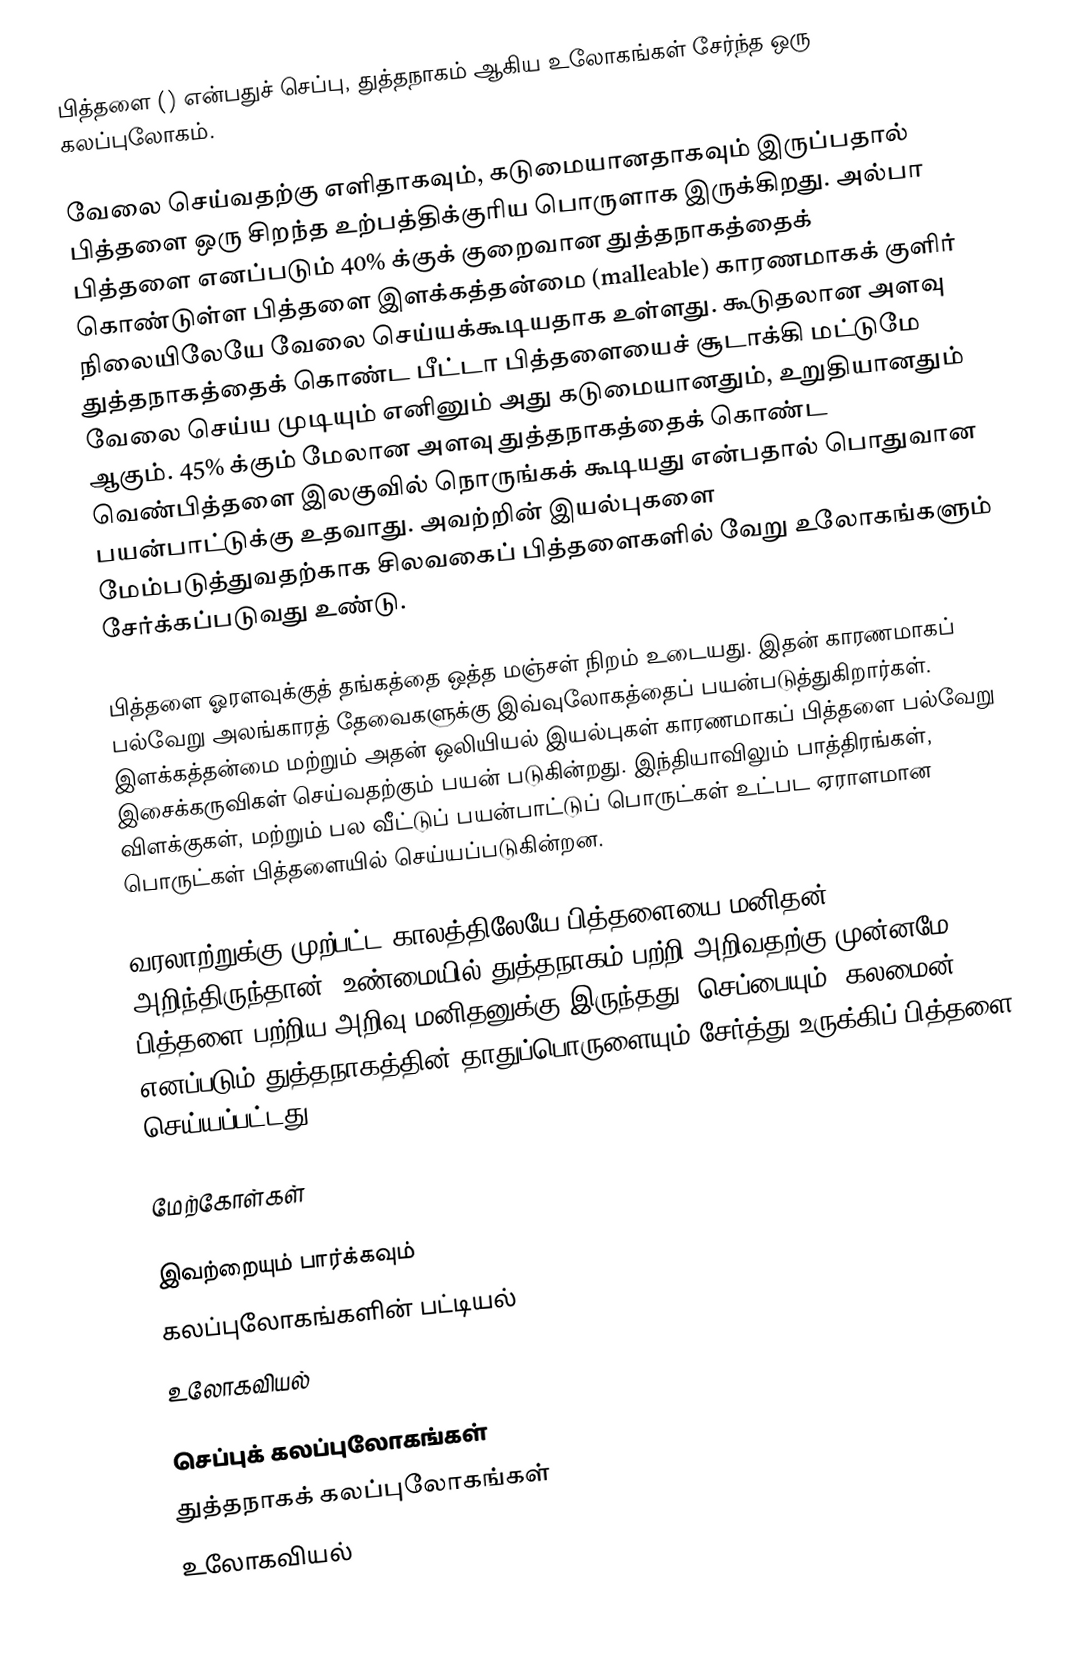
பித்தளை () என்பதுச் செப்பு, துத்தநாகம் ஆகிய உலோகங்கள் சேர்ந்த ஒரு கலப்புலோகம்.

வேலை செய்வதற்கு எளிதாகவும், கடுமையானதாகவும் இருப்பதால் பித்தளை ஒரு சிறந்த உற்பத்திக்குரிய பொருளாக இருக்கிறது. அல்பா பித்தளை எனப்படும் 40% க்குக் குறைவான துத்தநாகத்தைக் கொண்டுள்ள பித்தளை இளக்கத்தன்மை (malleable) காரணமாகக் குளிர் நிலையிலேயே வேலை செய்யக்கூடியதாக உள்ளது. கூடுதலான அளவு துத்தநாகத்தைக் கொண்ட பீட்டா பித்தளையைச் சூடாக்கி மட்டுமே வேலை செய்ய முடியும் எனினும் அது கடுமையானதும், உறுதியானதும் ஆகும். 45% க்கும் மேலான அளவு துத்தநாகத்தைக் கொண்ட வெண்பித்தளை இலகுவில் நொருங்கக் கூடியது என்பதால் பொதுவான பயன்பாட்டுக்கு உதவாது. அவற்றின் இயல்புகளை மேம்படுத்துவதற்காக சிலவகைப் பித்தளைகளில் வேறு உலோகங்களும் சேர்க்கப்படுவது உண்டு.

பித்தளை ஓரளவுக்குத் தங்கத்தை ஒத்த மஞ்சள் நிறம் உடையது. இதன் காரணமாகப் பல்வேறு அலங்காரத் தேவைகளுக்கு இவ்வுலோகத்தைப் பயன்படுத்துகிறார்கள். இளக்கத்தன்மை மற்றும் அதன் ஒலியியல் இயல்புகள் காரணமாகப் பித்தளை பல்வேறு இசைக்கருவிகள் செய்வதற்கும் பயன் படுகின்றது. இந்தியாவிலும் பாத்திரங்கள், விளக்குகள், மற்றும் பல வீட்டுப் பயன்பாட்டுப் பொருட்கள் உட்பட ஏராளமான பொருட்கள் பித்தளையில் செய்யப்படுகின்றன.

வரலாற்றுக்கு முற்பட்ட காலத்திலேயே பித்தளையை மனிதன் அறிந்திருந்தான். உண்மையில் துத்தநாகம் பற்றி அறிவதற்கு முன்னமே பித்தளை பற்றிய அறிவு மனிதனுக்கு இருந்தது. செப்பையும், கலமைன் எனப்படும் துத்தநாகத்தின் தாதுப்பொருளையும் சேர்த்து உருக்கிப் பித்தளை செய்யப்பட்டது.

மேற்கோள்கள்

இவற்றையும் பார்க்கவும்
 கலப்புலோகங்களின் பட்டியல்
 உலோகவியல்

செப்புக் கலப்புலோகங்கள்
துத்தநாகக் கலப்புலோகங்கள்
உலோகவியல்